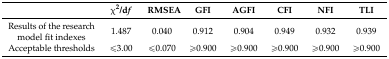
|  | χ2/df | RMSEA | GFI | AGFI | CFI | NFI | TLI |
 | --- | --- | --- | --- | --- | --- | --- | --- |
 | Results of the research model fit indexes | 1.487 | 0.040 | 0.912 | 0.904 | 0.949 | 0.932 | 0.939 |
 | Acceptable thresholds | ≤3.00 | ≤0.070 | ≥0.900 | ≥0.900 | ≥0.900 | ≥0.900 | ≥0.900 |